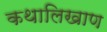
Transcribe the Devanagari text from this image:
कथालिखाण